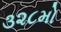
૩૨૮મો